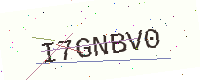
Text: I7GNBV0